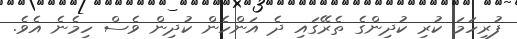
ފުރިހަމަ ކުރި ކުދިންގެ ތެރޭގައި ދެ އަންހެން ކުދިން ވެސް ހިމެނެ އެވެ.